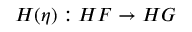
H ( \eta ) : H F \to H G